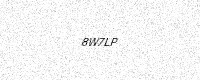
Text: 8W7LP